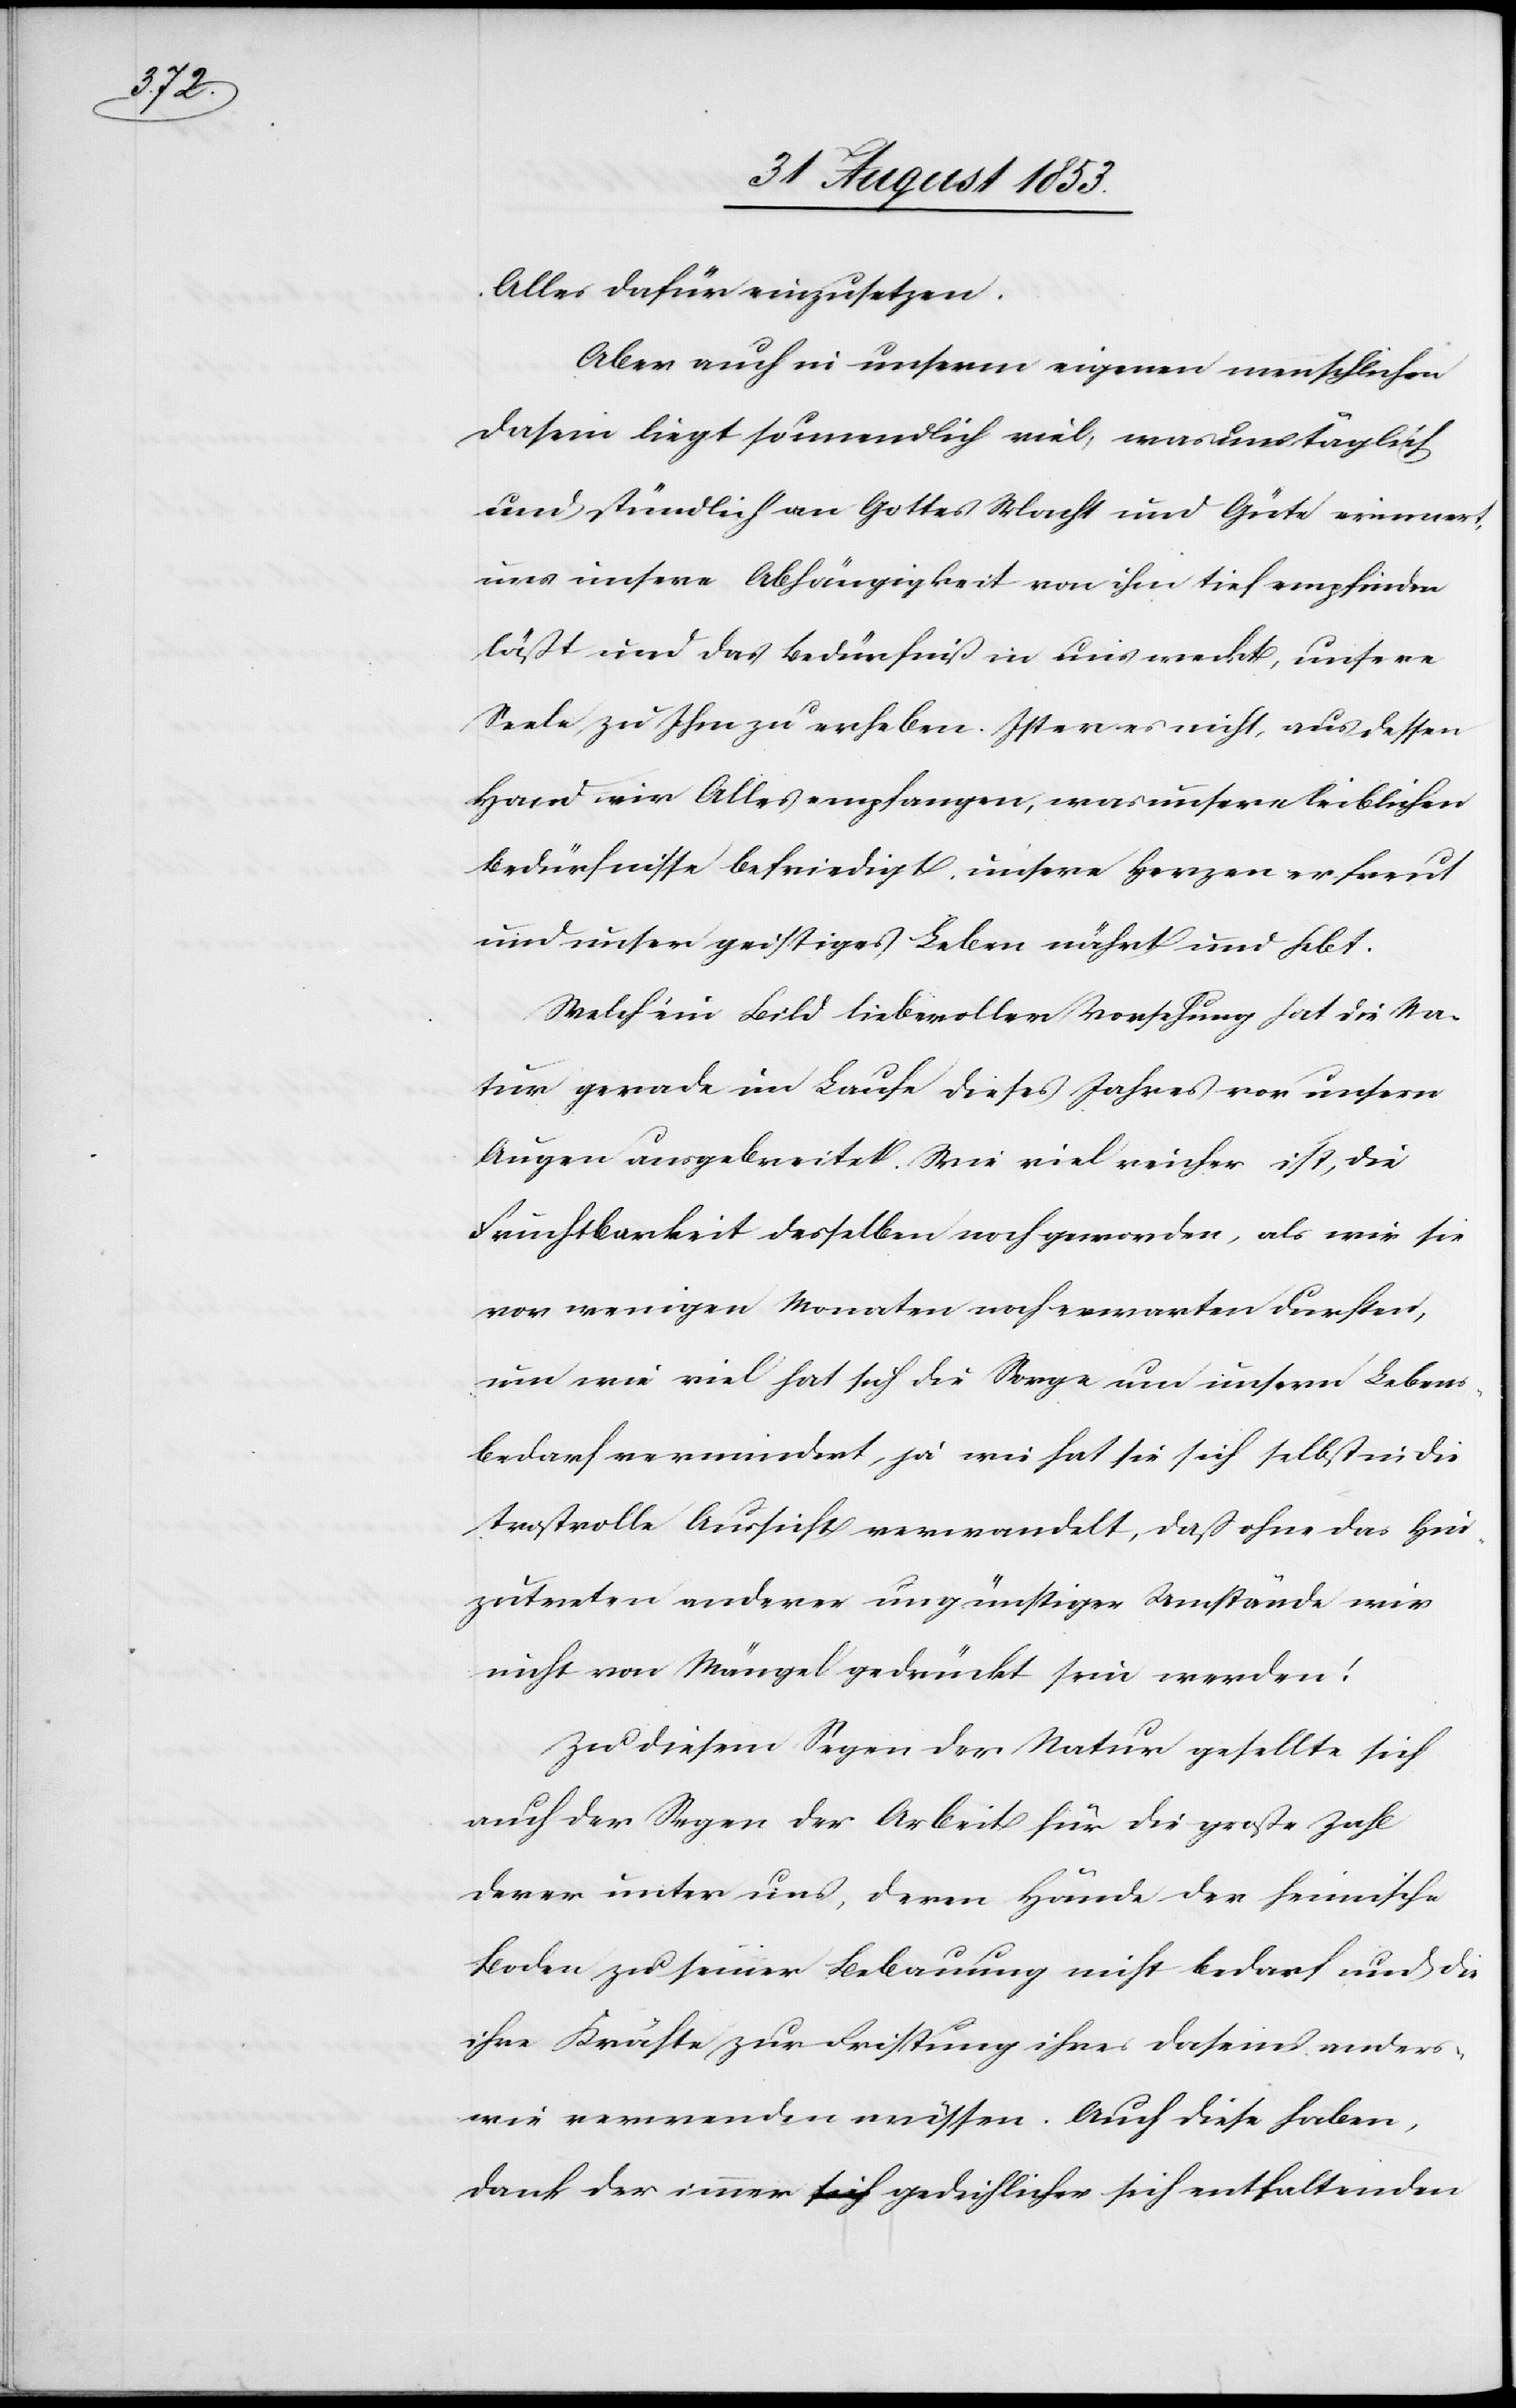
Alles dafür einzusetzen.
Aber auch in unserm eigenen wesentlichen
Dasein liegt so unendlich viel, was uns täglich
und stündlich an Gottes Macht und Güte erinnert,
uns unserer Abhängigkeit von ihm tief empfinden
läßt und das Bedürfniß in uns weckt, unsere
Seele zu Ihm zu erheben. Ist er es nicht, aus dessen
Hand wir Alles empfangen, was unsere leiblichen
Bedürfnisse befriedigt, unsere Herzen erfreut
und unser geistiges Leben nährt und hebt.
Welch ein Bild liebevoller Vorsehung hat die Na¬
tur gerade im Laufe dieses Jahres vor unsern
Augen ausgebreitet. Wie viel reicher ist, die
Fruchtbarkeit derselben noch geworden, als wir sie
vor wenigen Monaten noch erwarten durften,
um wie viel hat sich die Sorge um unseren Lebens¬
bedarf vermindert, ja wie hat sie sich selbst in die
trostvolle Aussicht verwandelt, daß ohne das Hin¬
zutreten anderer ungünstiger Umstände wir
nicht von Mängel gedrückt sein werden!
In diesem Segen der Natur gesellte sich
auch der Segen der Arbeit für die große Zahl
derer unter uns, deren Hände der heimische
Boden zu seiner Bebauung nicht bedarf und die
ihre Kräfte zur Leistung ihres Daseins anders¬
wie verwenden müssen. Auch diese haben,
dank der immer sich gedeihlichen sich enthaltenden